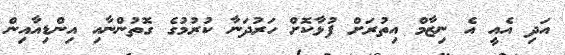
އަދި އެއީ އެ ނިޒާމް އިތުރަށް ފުޅާކޮށް ހަރުދަނާ ކުރުމުގެ ގޮތުންނާއި އިންޑިއާއިން